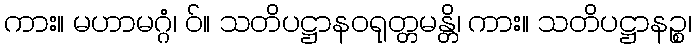
ကား။ မဟာမဂ္ဂံ၊ ဝ်။ သတိပဋ္ဌာနဝရုတ္တမန္တိ၊ ကား။ သတိပဋ္ဌာနဉ္စ၊